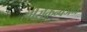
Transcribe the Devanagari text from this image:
सीरोकन्वर्जन